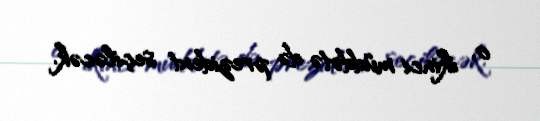
o, ikinci müddətə də prezident seçiləcək.